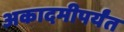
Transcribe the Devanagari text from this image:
अकादमीपर्यंत